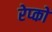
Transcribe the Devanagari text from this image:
रेप्को